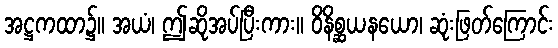
အဋ္ဌကထာ၌။ အယံ၊ ဤဆိုအပ်ပြီးကား။ ဝိနိစ္ဆယနယော၊ ဆုံးဖြတ်ကြောင်း